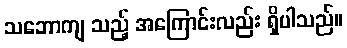
သဘောကျ သည့် အကြောင်းလည်း ရှိပါသည်။